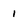
Character: 1